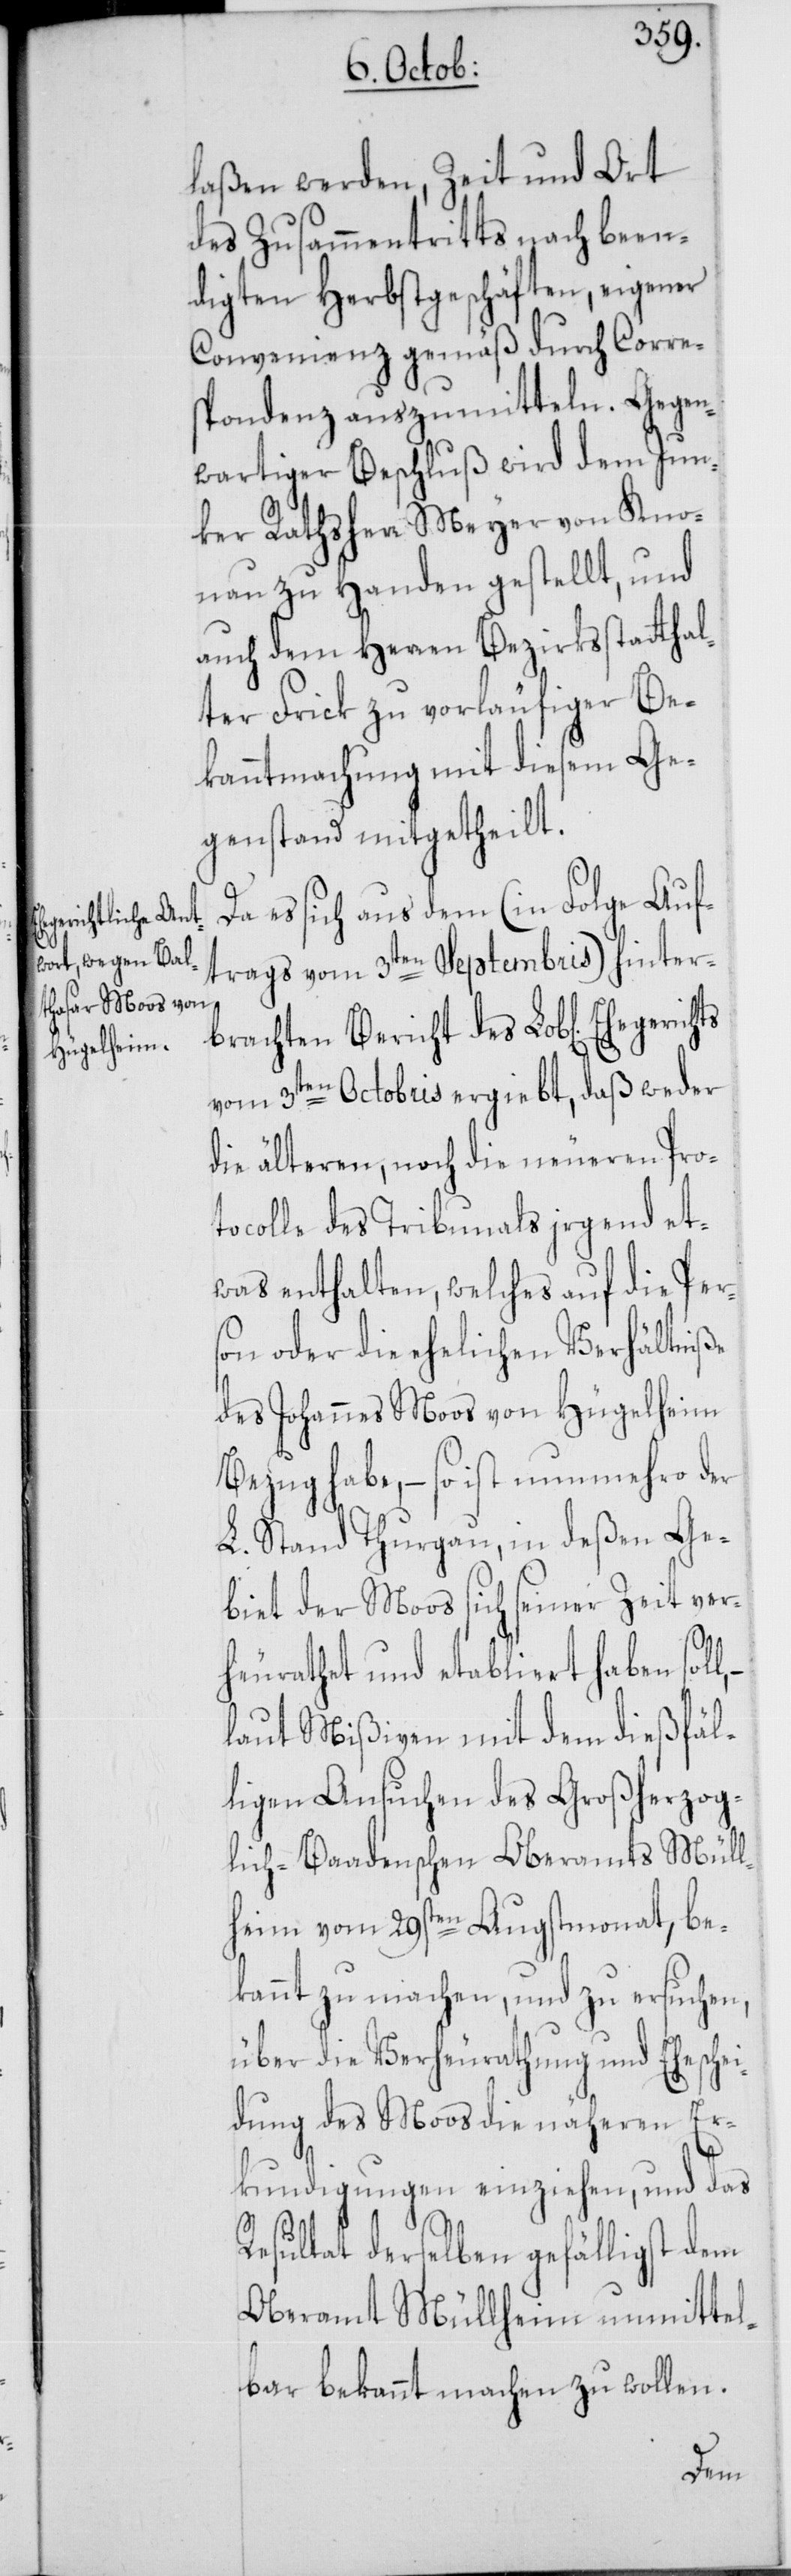
laßen werden, Zeit und Ort
des Zusammentritts nach been¬
digten Herbstgeschäften, eigener
Convenienz gemäß durch Corre¬
spondenz auszumitteln. Gegen¬
wärtiger Beschluß wird dem Jun¬
ker Rathsherr Meyer von Kno¬
nau zu Handen gestellt, und
auch dem Herren Bezirksstatthal¬
ter Frick zu vorläufiger Be¬
kanntmachung mit diesem Ge¬
genstand mitgetheilt.
Da es sich aus dem (in Folge Auf¬
trags vom 3ten Septembris) hinter¬
brachten Bericht des Lob[lichen]
vom 3ten Octobris ergiebt, daß weder
die älteren noch die neueren Pro¬
tocolle des Tribunals irgend et¬
was enthalten, welches auf die Per¬
son oder die ehelichen Verhältniße
des Johannes Moos von Hügelheim
Bezug habe, – so ist nunmehro der
L. Stand Thurgau, in deßen Ge¬
biet der Moos sich seiner Zeit ver¬
heurathet und etabliert haben sol¬
laut Mißiven mit dem dießfäl¬
ligen Ansuchen des Großherzog¬
lich-Baadenschen Oberamts Müll¬
heim vom 29sten Augstmonat, be¬
kannt zu machen, und zu ersuchen,
über die Verheurathung und Eheschei¬
dung des Moos die näheren Er¬
kundigungen einziehen, und das
Resultat derselben gefälligst dem
Oberamt Müllheim unmittel¬
bar bekannt machen zu wollen.
l,